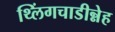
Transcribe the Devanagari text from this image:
थ्लिंगचाडीन्नेह